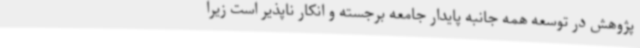
پژوهش در توسعه همه جانبه پایدار جامعه برجسته و انکار ناپذیر است زیرا